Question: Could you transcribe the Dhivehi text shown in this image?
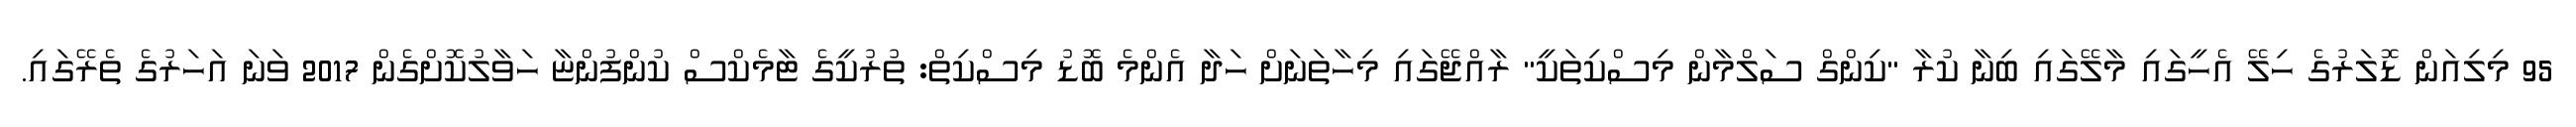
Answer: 95 މިލިއަން ޑޮލަރުގެ ހިލޭ އެހީގައި މާލޭގައި ބިނާ ކުރާ "ކިންގް ސަލްމާން މިސްކިތަކީ" ރާއްޖޭގައި މިހާތަނަށް ހަދާ އެންމެ ބޮޑު މިސްކިތް: ތުރުކީގެ ޓާމެކްސް ކުންފުންޏާ ހަވާލުކޮށްގެން 2017 ވަނަ އަހަރުގެ ތެރޭގައި.